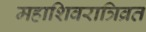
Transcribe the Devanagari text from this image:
महाशिवरात्रिव्रत